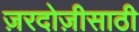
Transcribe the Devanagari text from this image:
ज़रदोज़ीसाठी